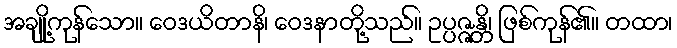
အချို့ကုန်သော။ ဝေဒယိတာနိ၊ ဝေဒနာတို့သည်။ ဥပ္ပဇ္ဇန္တိ၊ ဖြစ်ကုန်၏။ တထာ၊